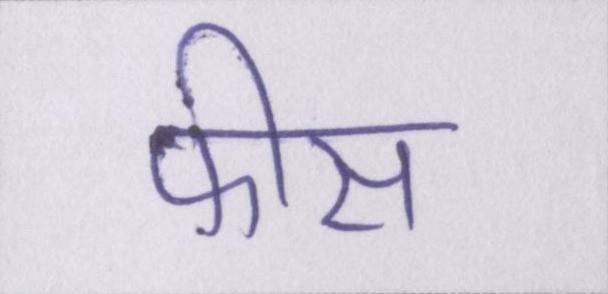
फीस